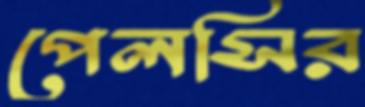
পেলসির